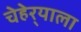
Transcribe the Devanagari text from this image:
चेहेर्‍याला